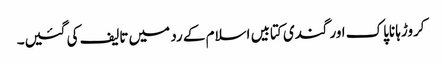
کروڑہا ناپاک اور گندی کتابیں اسلام کے رد میں تالیف کی گئیں۔